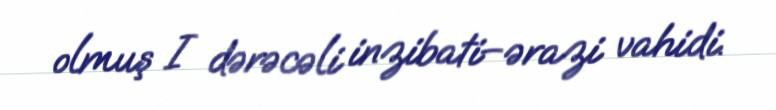
olmuş I dərəcəli inzibati–ərazi vahidi.